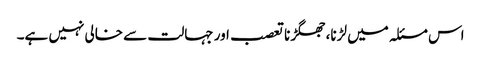
اس مسئلہ میں لڑنا، جھگڑنا تعصب اور جہالت سے خالی نہیں ہے۔